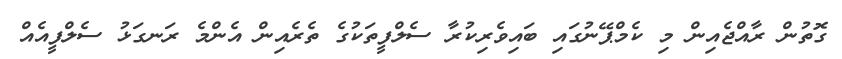
ގޮތުން ރާއްޖެއިން މި ކެމްޕޭނުގައި ބައިވެރިކުރާ ސެލްފީތަކުގެ ތެރެއިން އެންމެ ރަނގަޅު ސެލްފީއެއް